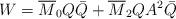
LaTeX: \begin{align*}W=\overline{M}_0 Q \bar{Q} + \overline{M}_2 Q A^2 \bar{Q}\end{align*}